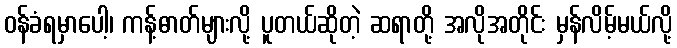
ဝန်ခံရမှာပေါ့၊ ကန့်ဓာတ်များလို့ ပူတယ်ဆိုတဲ့ ဆရာတို့ အလိုအတိုင်း မှန်လိမ့်မယ်လို့